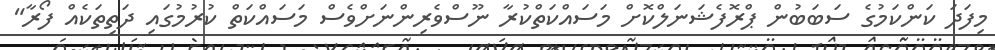
މިފަދަ ކަންކަމުގެ ސަބަބުން ޕްރޮފެޝަނަލްކޮށް މަސައްކަތްކުރާ ނޫސްވެރިންނަށްވެސް މަސައްކަތް ކުރުމުގައި ދަތިތަކެއް ފޯރާ"